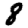
Digit: 8